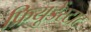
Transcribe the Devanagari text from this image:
फ्रियूडेंस्टाट